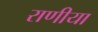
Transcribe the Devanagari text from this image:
राणीया